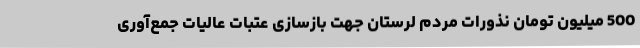
500 میلیون تومان نذورات مردم لرستان جهت بازسازی عتبات عالیات جمع‌آوری